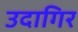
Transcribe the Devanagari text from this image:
उदागिर